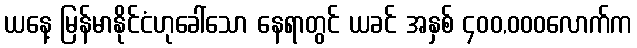
ယနေ့ မြန်မာနိုင်ငံဟုခေါ်သော နေရာတွင် ယခင် အနှစ် ၄၀၀,၀၀၀လောက်က